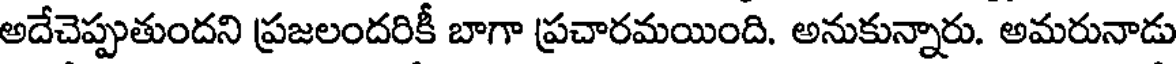
అదేచెప్పుతుందని ప్రజలందరికీ బాగా ప్రచారమయింది. అనుకున్నారు. అమరునాడు